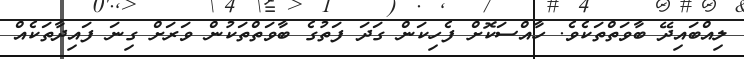
ލިއްބައިދޭ ބާވަތްތަކެވެ. ހާއްސަކޮށް ފެހިކަން ގަދަ ފަތުގެ ބާވަތްތަކުން ވަރަށް ގިނަ ފައިދާތަކެއް